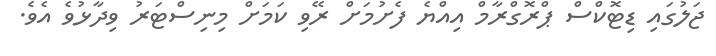
ޖަލުގައި ޑިޓޮކްސް ޕްރޮގްރާމް އިއްޔެ ފެށުމަށް ރޭވި ކަަމަށް މިނިސްޓަރު ވިދާޅުވެ އެވެ.